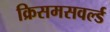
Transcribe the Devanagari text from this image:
क्रिसमसवर्ल्ड